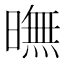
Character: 𣊲